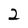
Character: 2